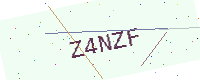
Text: Z4NZF